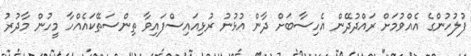
ފުލުހުންގެ އެއްވުމަށް ރައްދުދޭން އެހިސާބަށް ދާން އުޅުނު ރުޅިއައިސްފައިވާ ތިންސަތޭކައެއްހާ މީހުން މާދުރު